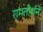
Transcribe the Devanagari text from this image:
रामतीर्थने